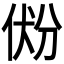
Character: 𰂐